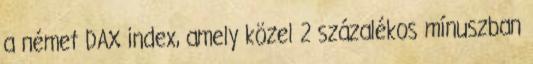
a német DAX index, amely közel 2 százalékos mínuszban